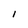
Character: l